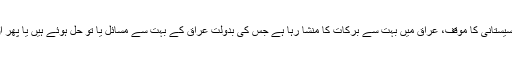
فرمانیان: آیت ‌الله العظمی سیستانی کا موقف، عراق میں بہت سے برکات کا منشا رہا ہے جس کی بدولت عراق کے بہت سے مسائل یا تو حل ہوئے ہیں یا پھر ان میں کمی واقع ہوئی ہے۔